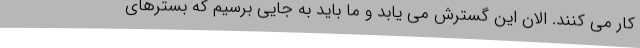
کار می کنند. الان این گسترش می یابد و ما باید به جایی برسیم که بسترهای